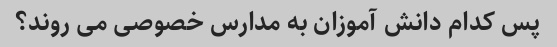
پس کدام دانش آموزان به مدارس خصوصی می روند؟